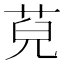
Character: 𦯵